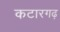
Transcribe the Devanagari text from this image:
कटारगढ़